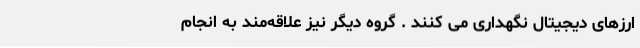
ارزهای دیجیتال نگهداری می کنند . گروه دیگر نیز علاقه‌مند به انجام